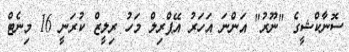
ސޮނާކްޝީގެ "ނޫރު" އަންނަ އަހަރު އޭޕްރިލް މަހު ރިލީޒް ކުރަނީ 16 މިނެޓް